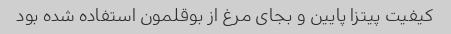
کیفیت پیتزا پایین و بجای مرغ از بوقلمون استفاده شده بود